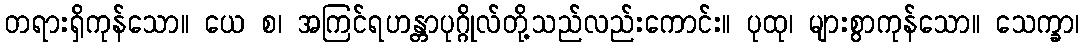
တရားရှိကုန်သော။ ယေ စ၊ အကြင်ရဟန္တာပုဂ္ဂိုလ်တို့သည်လည်းကောင်း။ ပုထု၊ များစွာကုန်သော။ သေက္ခာ၊